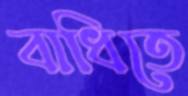
বাধিতে